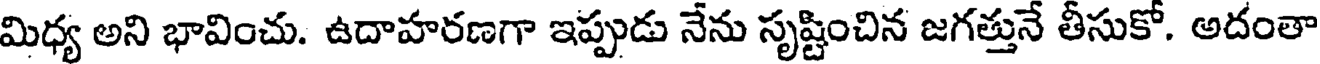
మిధ్య అని భావించు. ఉదాహరణగా ఇప్పుడు నేను సృష్టించిన జగత్తునే తీసుకో. అదంతా